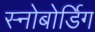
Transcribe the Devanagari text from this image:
स्नोबोर्डिग